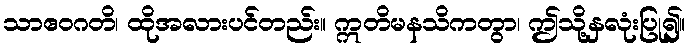
သာဧဝဂတိ၊ ထိုအလားပင်တည်း။ ဣတိမနသိကတွာ၊ ဤသို့နှလုံးပြု၍။